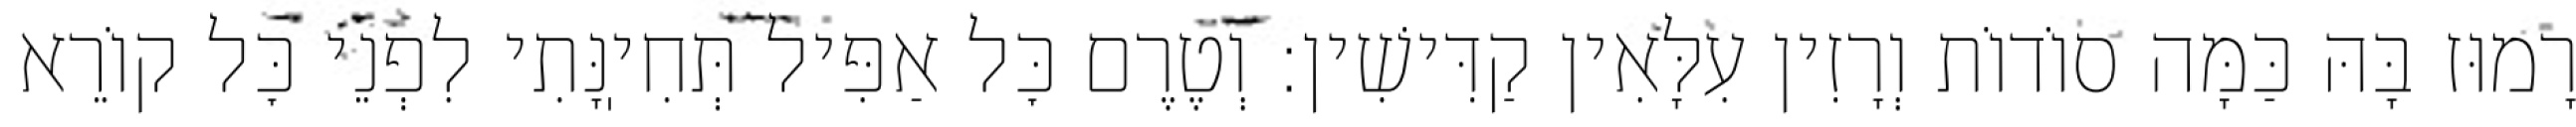
רָמוּז בָּהּ כַּמָּה סוֹדוֹת וְרָזִין עִלָּאִין קַדִּישִׁין: וְטֶרֶם כׇּל אַפִּיל תְּחִיֽנָּתִי לִפְנֵי כׇּל קוֹרֵא